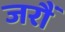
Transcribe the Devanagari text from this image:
जरौं